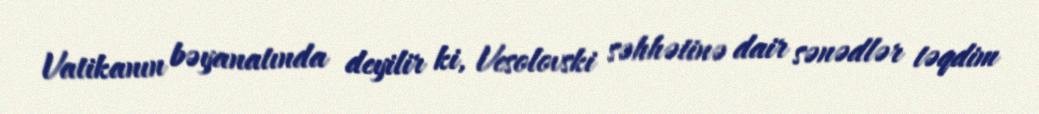
Vatikanın bəyanatında deyilir ki, Vesolovski səhhətinə dair sənədlər təqdim